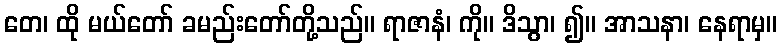
တေ၊ ထို မယ်တော် ခမည်းတော်တို့သည်။ ရာဇာနံ၊ ကို။ ဒိသွာ၊ ၍။ အာသနာ၊ နေရာမှ။